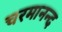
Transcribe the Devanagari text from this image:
चरमानन्द